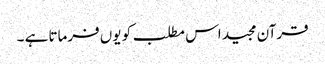
قرآن مجید اس مطلب کو یوں فرماتا ہے ۔